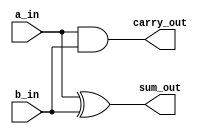
`timescale 1ns / 1ps
//////////////////////////////////////////////////////////////////////////////////
// Company: 
// Engineer: 
// 
// Design Name: 
// Module Name: ha_
// Project Name: 
// Target Devices: 
// Tool Versions: 
// Description: 
// 
// Dependencies: 
// 
// Revision:
// Revision 0.01 - File Created
// Additional Comments:
// 
//////////////////////////////////////////////////////////////////////////////////


module ha_(sum_out,carry_out,a_in,b_in);
input a_in,b_in;
output sum_out,carry_out;
assign sum_out=a_in ^ b_in;
assign carry_out=a_in & b_in;
endmodule